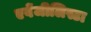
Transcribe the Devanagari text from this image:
एवेंजीलिस्टा